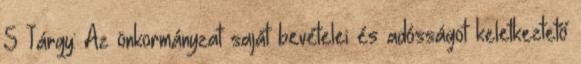
S Tárgy: Az önkormányzat saját bevételei és adósságot keletkeztető